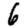
Digit: 6